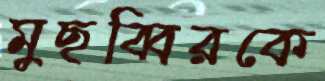
মুছব্বিরকে